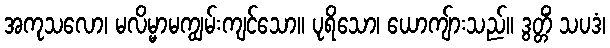
အကုသလော၊ မလိမ္မာမကျွမ်းကျင်သော။ ပုရိသော၊ ယောကျ်ားသည်။ ဒွတ္တိံ သပဒံ၊